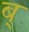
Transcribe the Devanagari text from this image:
ब्‌